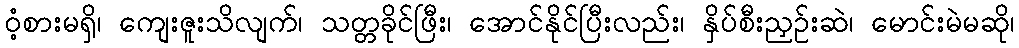
ဝံ့စားမရှိ၊ ကျေးဇူးသိလျက်၊ သတ္တခိုင်ဖြီး၊ အောင်နိုင်ပြီးလည်း၊ နှိပ်စီးညှဉ်းဆဲ၊ မောင်းမဲမဆို၊